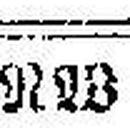
NW